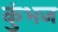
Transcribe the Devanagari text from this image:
कुंभज